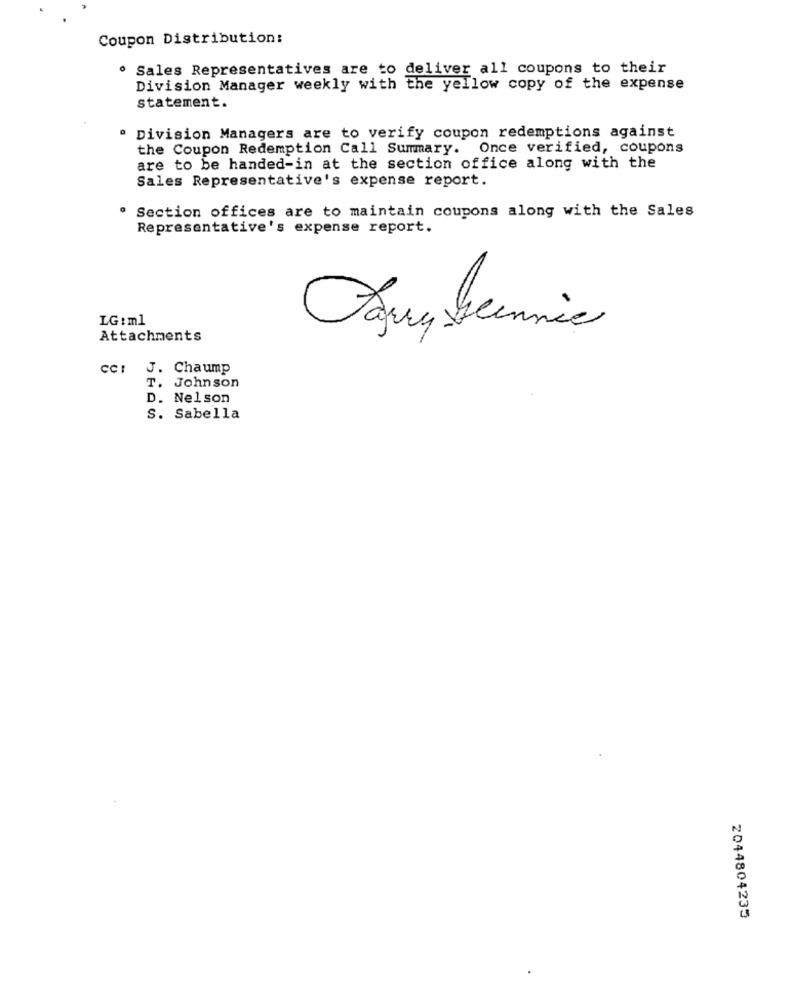
Coupon Distribution:
. Sales Representatives are to deliver all coupons to their
Division Manager weekly with the yellow copy of the expense
statement.
Division Managers are to verify coupon redemptions against
the Coupon Redemption Call Summary. Once verified, coupons
are to be handed-in at the section office along with the
Sales Representative's expense report.
. Section offices are to maintain coupons along with the Sales
Representative's expense report.
LG : ml
Attachments
cc: J. Chaump
T. Johnson
D. Nelson
S. Sabella
2044804235